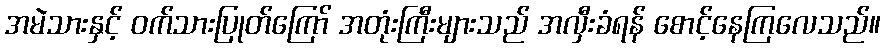
အမဲသားနှင့် ဝက်သားပြုတ်ကြော် အတုံးကြီးများသည် အလှီးခံရန် စောင့်နေကြလေသည်။